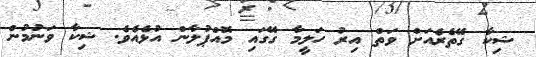
ޝިކާ ގޭތެރެއަށް ވަތް އިރު ހަލީމާ ގޭގައި މޮއްޕުލާން އުޅެއެވެ. ޝިކާ ވަނުމުން